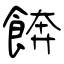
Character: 餴